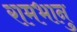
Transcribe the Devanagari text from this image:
रामभानु